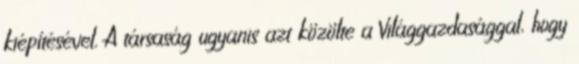
kiépítésével. A társaság ugyanis azt közölte a Világgazdasággal, hogy